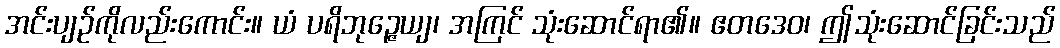
အင်းပျဉ်ကိုလည်းကောင်း။ ယံ ပရိဘုဉ္ဇေယျ၊ အကြင် သုံးဆောင်ရာ၏။ ဧတဒေဝ၊ ဤသုံးဆောင်ခြင်းသည်